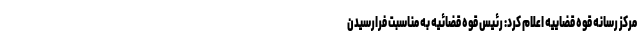
مرکز رسانه قوه قضاییه اعلام کرد: رئیس قوه قضائیه به مناسبت فرارسیدن